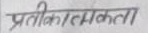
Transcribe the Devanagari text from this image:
प्रतीकात्मकता